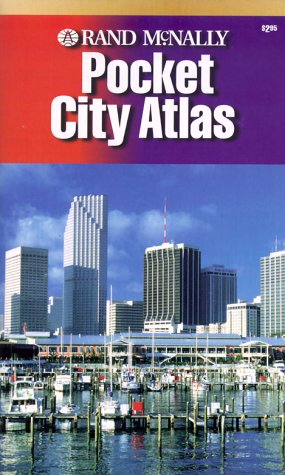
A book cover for Rand McNally Pocket City Atlas (Atlases - USA/Canada/Mexico); Travel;